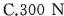
C.300 N